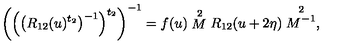
\left( \left( \left( R _ { 1 2 } ( u ) ^ { t _ { 2 } } \right) ^ { - 1 } \right) ^ { t _ { 2 } } \right) ^ { - 1 } = f ( u ) \stackrel { 2 } { M } R _ { 1 2 } ( u + 2 \eta ) \stackrel { 2 } { M ^ { - 1 } } ,